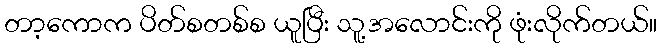
တာ့ကောက ပိတ်စတစ်စ ယူပြီး သူ့အလောင်းကို ဖုံးလိုက်တယ်။